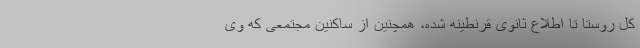
کل روستا تا اطلاع ثانوی قرنطینه شده، همچنین از ساکنین مجتمعی که وی